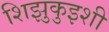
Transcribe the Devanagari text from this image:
शिझुकुइशी